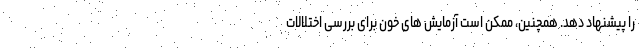
را پیشنهاد دهد. همچنین، ممکن است آزمایش های خون برای بررسی اختلالات